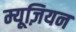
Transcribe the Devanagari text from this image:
म्यूज़ियन